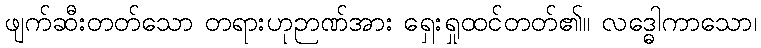
ဖျက်ဆီးတတ်သော တရားဟုဉာဏ်အား ရှေးရှုထင်တတ်၏။ လဒ္ဓေါကာသော၊